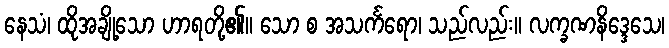
နေသံ၊ ထိုအချို့သော ဟာရတို့၏။ သော စ အသင်္ကရော၊ သည်လည်း။ လက္ခဏနိဒ္ဒေသေ၊